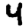
Digit: 4